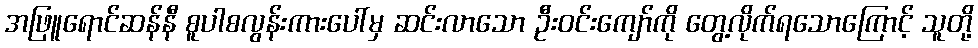
အဖြူရောင်ဆန်နီ စူပါစလွန်းကားပေါ်မှ ဆင်းလာသော ဦးဝင်းကျော်ကို တွေ့လိုက်ရသောကြောင့် သူတို့